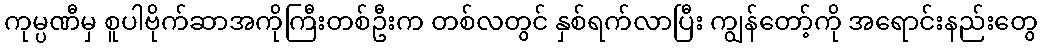
ကုမ္ပဏီမှ စူပါဗိုက်ဆာအကိုကြီးတစ်ဦးက တစ်လတွင် နှစ်ရက်လာပြီး ကျွန်တော့်ကို အရောင်းနည်းတွေ